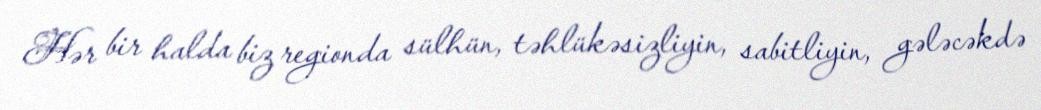
Hər bir halda biz regionda sülhün, təhlükəsizliyin, sabitliyin, gələcəkdə